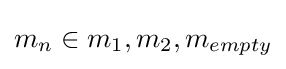
{\textstyle m_{n}\in {m_{1},m_{2},m_{empty}}}